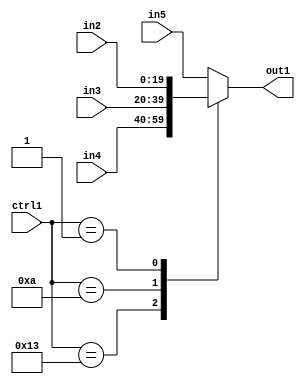
`timescale 1ps / 1ps
/*****************************************************************************
    Verilog RTL Description
    
    
    Created by: Stratus DpOpt 21.05.01 
*******************************************************************************/

module SobelFilter_N_Mux_20_4_11_4 (
	in5,
	in4,
	in3,
	in2,
	ctrl1,
	out1
	); /* architecture "behavioural" */ 
input [19:0] in5,
	in4,
	in3,
	in2;
input [4:0] ctrl1;
output [19:0] out1;
wire [19:0] asc001;

reg [19:0] asc001_tmp_0;
assign asc001 = asc001_tmp_0;
always @ (ctrl1 or in4 or in3 or in2 or in5) begin
	casez (ctrl1)
		5'B10011 : asc001_tmp_0 = in4 ;
		5'B01010 : asc001_tmp_0 = in3 ;
		5'B00001 : asc001_tmp_0 = in2 ;
		default : asc001_tmp_0 = in5 ;
	endcase
end

assign out1 = asc001;
endmodule

/* CADENCE  v7f5Qgs= : u9/ySxbfrwZIxEzHVQQV8Q== ** DO NOT EDIT THIS LINE ******/